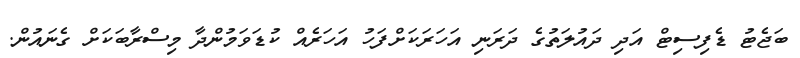
ބަޖެޓު ޑެފިސިޓް އަދި ދައުލަތުގެ ދަރަނި އަހަރަކަށްފަހު އަހަރެއް ކުޑަވަމުންދާ މިސްރާބަކަށް ގެނައުން.